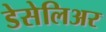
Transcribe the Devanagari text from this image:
डेसेलिअर